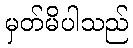
မှတ်မိပါသည်